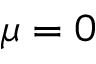
\mu = 0